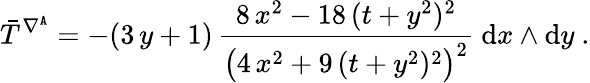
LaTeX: \bar{T}^{\nabla^{\mathtt{A}}}=-(3\, y+1)\, \frac{8\, x^{2}-18\, (t+y^{2})^{2}}{\big(4\, x^{2}+9\, (t+y^{2})^{2}\big)^{2}}\ \mathrm{d}x\wedge\mathrm{d}y\ .